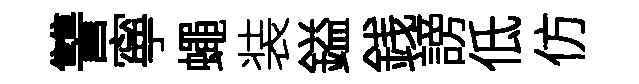
讐寧蠅装鎰銭謗低仿